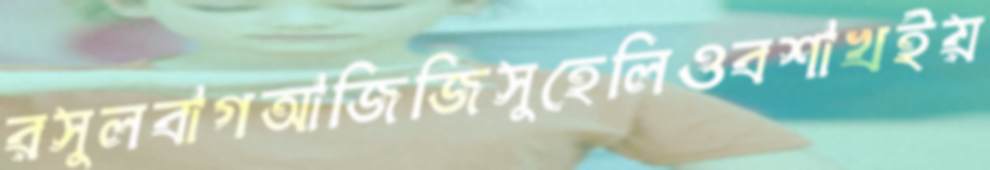
রসুলবাগআজিজিসুহেলিওবশাখইয়